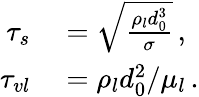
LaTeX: \begin{array}{rl}{\tau_{s}}&{{}=\sqrt{\frac{\rho_{l}d_{0}^{3}}{\sigma}}\, ,}\\ {\tau_{vl}}&{{}=\rho_{l}d_{0}^{2}/\mu_{l}\, .}\end{array}